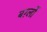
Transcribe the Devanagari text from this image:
बर्ग़्लो